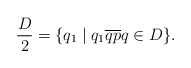
\begin{align*}\frac D2=\{q_1\mid q_1 \overline{qp} q\in D\}.\end{align*}